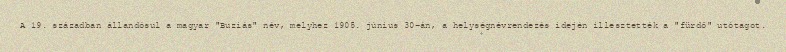
A 19. században állandósul a magyar "Buziás" név, melyhez 1905. június 30-án, a helységnévrendezés idején illesztették a "fürdő" utótagot.